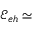
\mathcal { E } _ { e h } \simeq